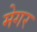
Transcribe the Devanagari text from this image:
मेगर